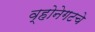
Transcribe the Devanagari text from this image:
व्होनेगटचे